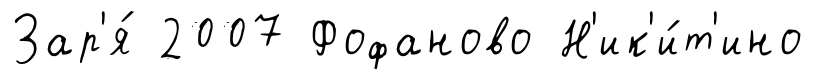
Зар'я́ 2007 Фофаново Н'ик'и́т'ино